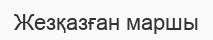
Жезқазған маршы